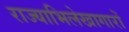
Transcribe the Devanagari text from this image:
राज्याभिलेखागारों